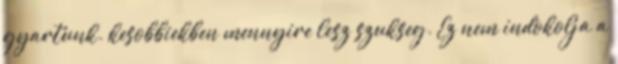
gyartunk. kesobbiekben mennyire lesz szukseg. Ez nem indokolja a